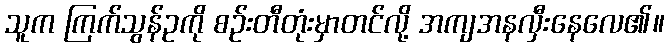
သူက ကြက်သွန်ဥကို စဉ်းတီတုံးမှာတင်လို့ အကျအနလှီးနေလေ၏။